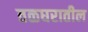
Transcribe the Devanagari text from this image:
तळघरातील